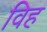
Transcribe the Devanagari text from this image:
विह